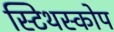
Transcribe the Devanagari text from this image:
स्टिथस्कोप